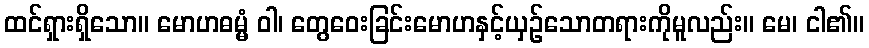
ထင်ရှားရှိသော။ မောဟဓမ္မံ ဝါ၊ တွေဝေးခြင်းမောဟနှင့်ယှဉ်သောတရားကိုမူလည်း။ မေ၊ ငါ၏။